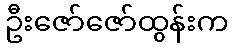
ဦးဇော်ဇော်ထွန်းက